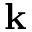
{ \bf k }